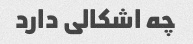
چه اشکالی دارد